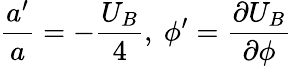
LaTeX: \frac{a^{\prime}}{a}=-\frac{U_{B}}{4},\ \phi^{\prime}=\frac{\partial U_{B}}{\partial\phi}